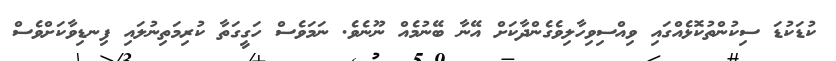
ކުޑަކުޑަ ސިކުންތުކޮޅެއްގައި ވިއްސިވިހާލިވެގެންދާކަށް އޭނާ ބޭނުމެއް ނޫނެވެ. ނަމަވެސް ހަގީގަތާ ކުރިމަތިނުލައި ފިނޑިވާކަށްވެސް